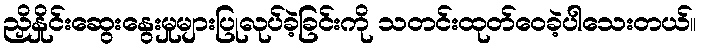
ညှိနှိုင်းဆွေးနွေးမှုများပြုလုပ်ခဲ့ခြင်းကို သတင်းထုတ်ဝေခဲ့ပါသေးတယ်။